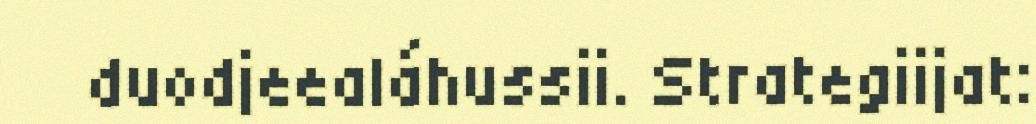
duodjeealáhussii. Strategiijat: